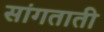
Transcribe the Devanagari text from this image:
सांगताती